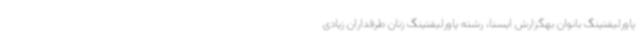
پاورلیفتینگ بانوان بهگزارش ایسنا، رشته پاورلیفتینگ زنان طرفداران زیادی